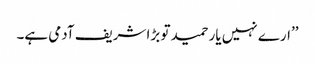
’’ارے نہیں یار حمید تو بڑا شریف آدمی ہے۔